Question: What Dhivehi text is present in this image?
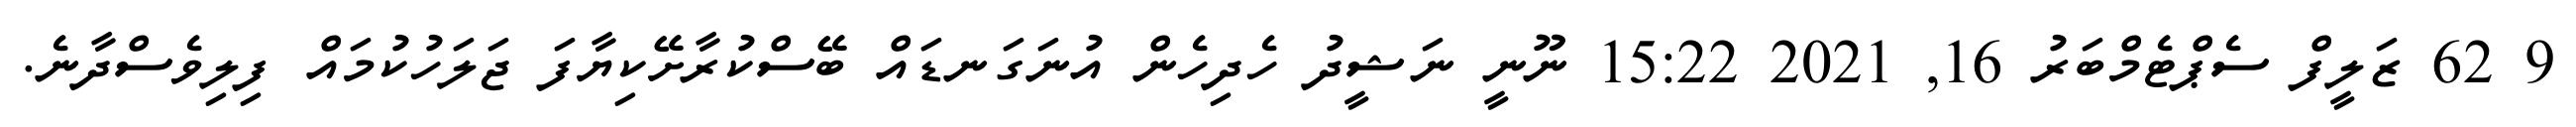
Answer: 9 62 ޒަލީފް ސެޕްޓެމްބަރު 16, 2021 15:22 ނޫނީ ނަޝީދު ހެދިހެން އުނަގަނޑައް ބޭސްކުރާށޭކިޔާފަ ޖަލަހުކުމައް ފިލިވެސްދާނެ.